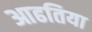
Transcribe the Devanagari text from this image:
आढतिया